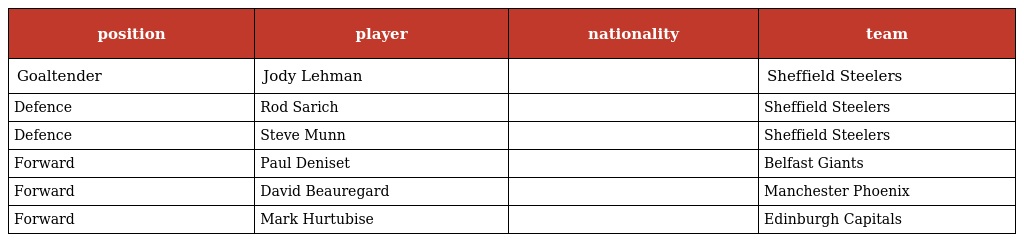
| position | player | nationality | team |
 | --- | --- | --- | --- |
 | Goaltender | Jody Lehman |  | Sheffield Steelers |
 | Defence | Rod Sarich |  | Sheffield Steelers |
 | Defence | Steve Munn |  | Sheffield Steelers |
 | Forward | Paul Deniset |  | Belfast Giants |
 | Forward | David Beauregard |  | Manchester Phoenix |
 | Forward | Mark Hurtubise |  | Edinburgh Capitals |